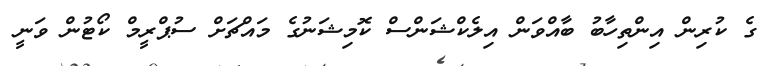
ގެ ކުރިން އިންތިހާބު ބާއްވަން އިލެކްޝަންސް ކޮމިޝަނުގެ މައްޗަށް ސުޕްރީމް ކޯޓުން ވަނީ